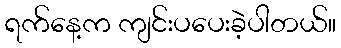
ရက်နေ့က ကျင်းပပေးခဲ့ပါတယ်။